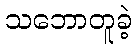
သဘောတူခဲ့